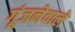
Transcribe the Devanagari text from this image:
गूंजनेवाले